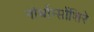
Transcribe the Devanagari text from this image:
नोर्थाम्प्तोंशिरे